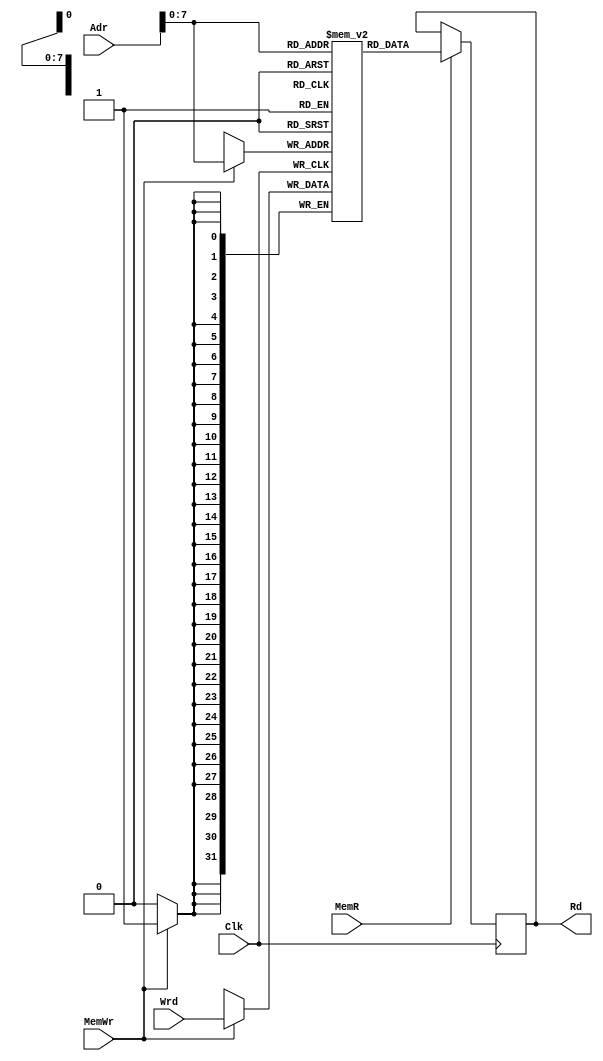
module DataMem32(Adr, Wrd, Rd, MemWr, MemR, Clk);
  input [31:0] Adr, Wrd;
  input MemWr, MemR, Clk;
  output reg [31:0] Rd;
  
  reg [31:0] MEM[255:0];  // 256 words

  integer i;
  
  initial
  begin
    Rd <= 0;
    for (i = 255; i >= 0; i = i - 1) 
    begin
       MEM[i] = i;
    end
  end

  always @(posedge Clk)
  begin
    if (MemWr == 1'b1) 
    begin
      MEM[Adr] <= Wrd;
    end
    
    if (MemR == 1'b1)
    begin
      Rd <= MEM[Adr];
    end
end
  
endmodule